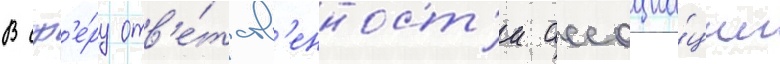
В сф'е́ру отв'е́тств'енност'и ассоциа́ции